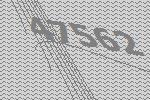
47562